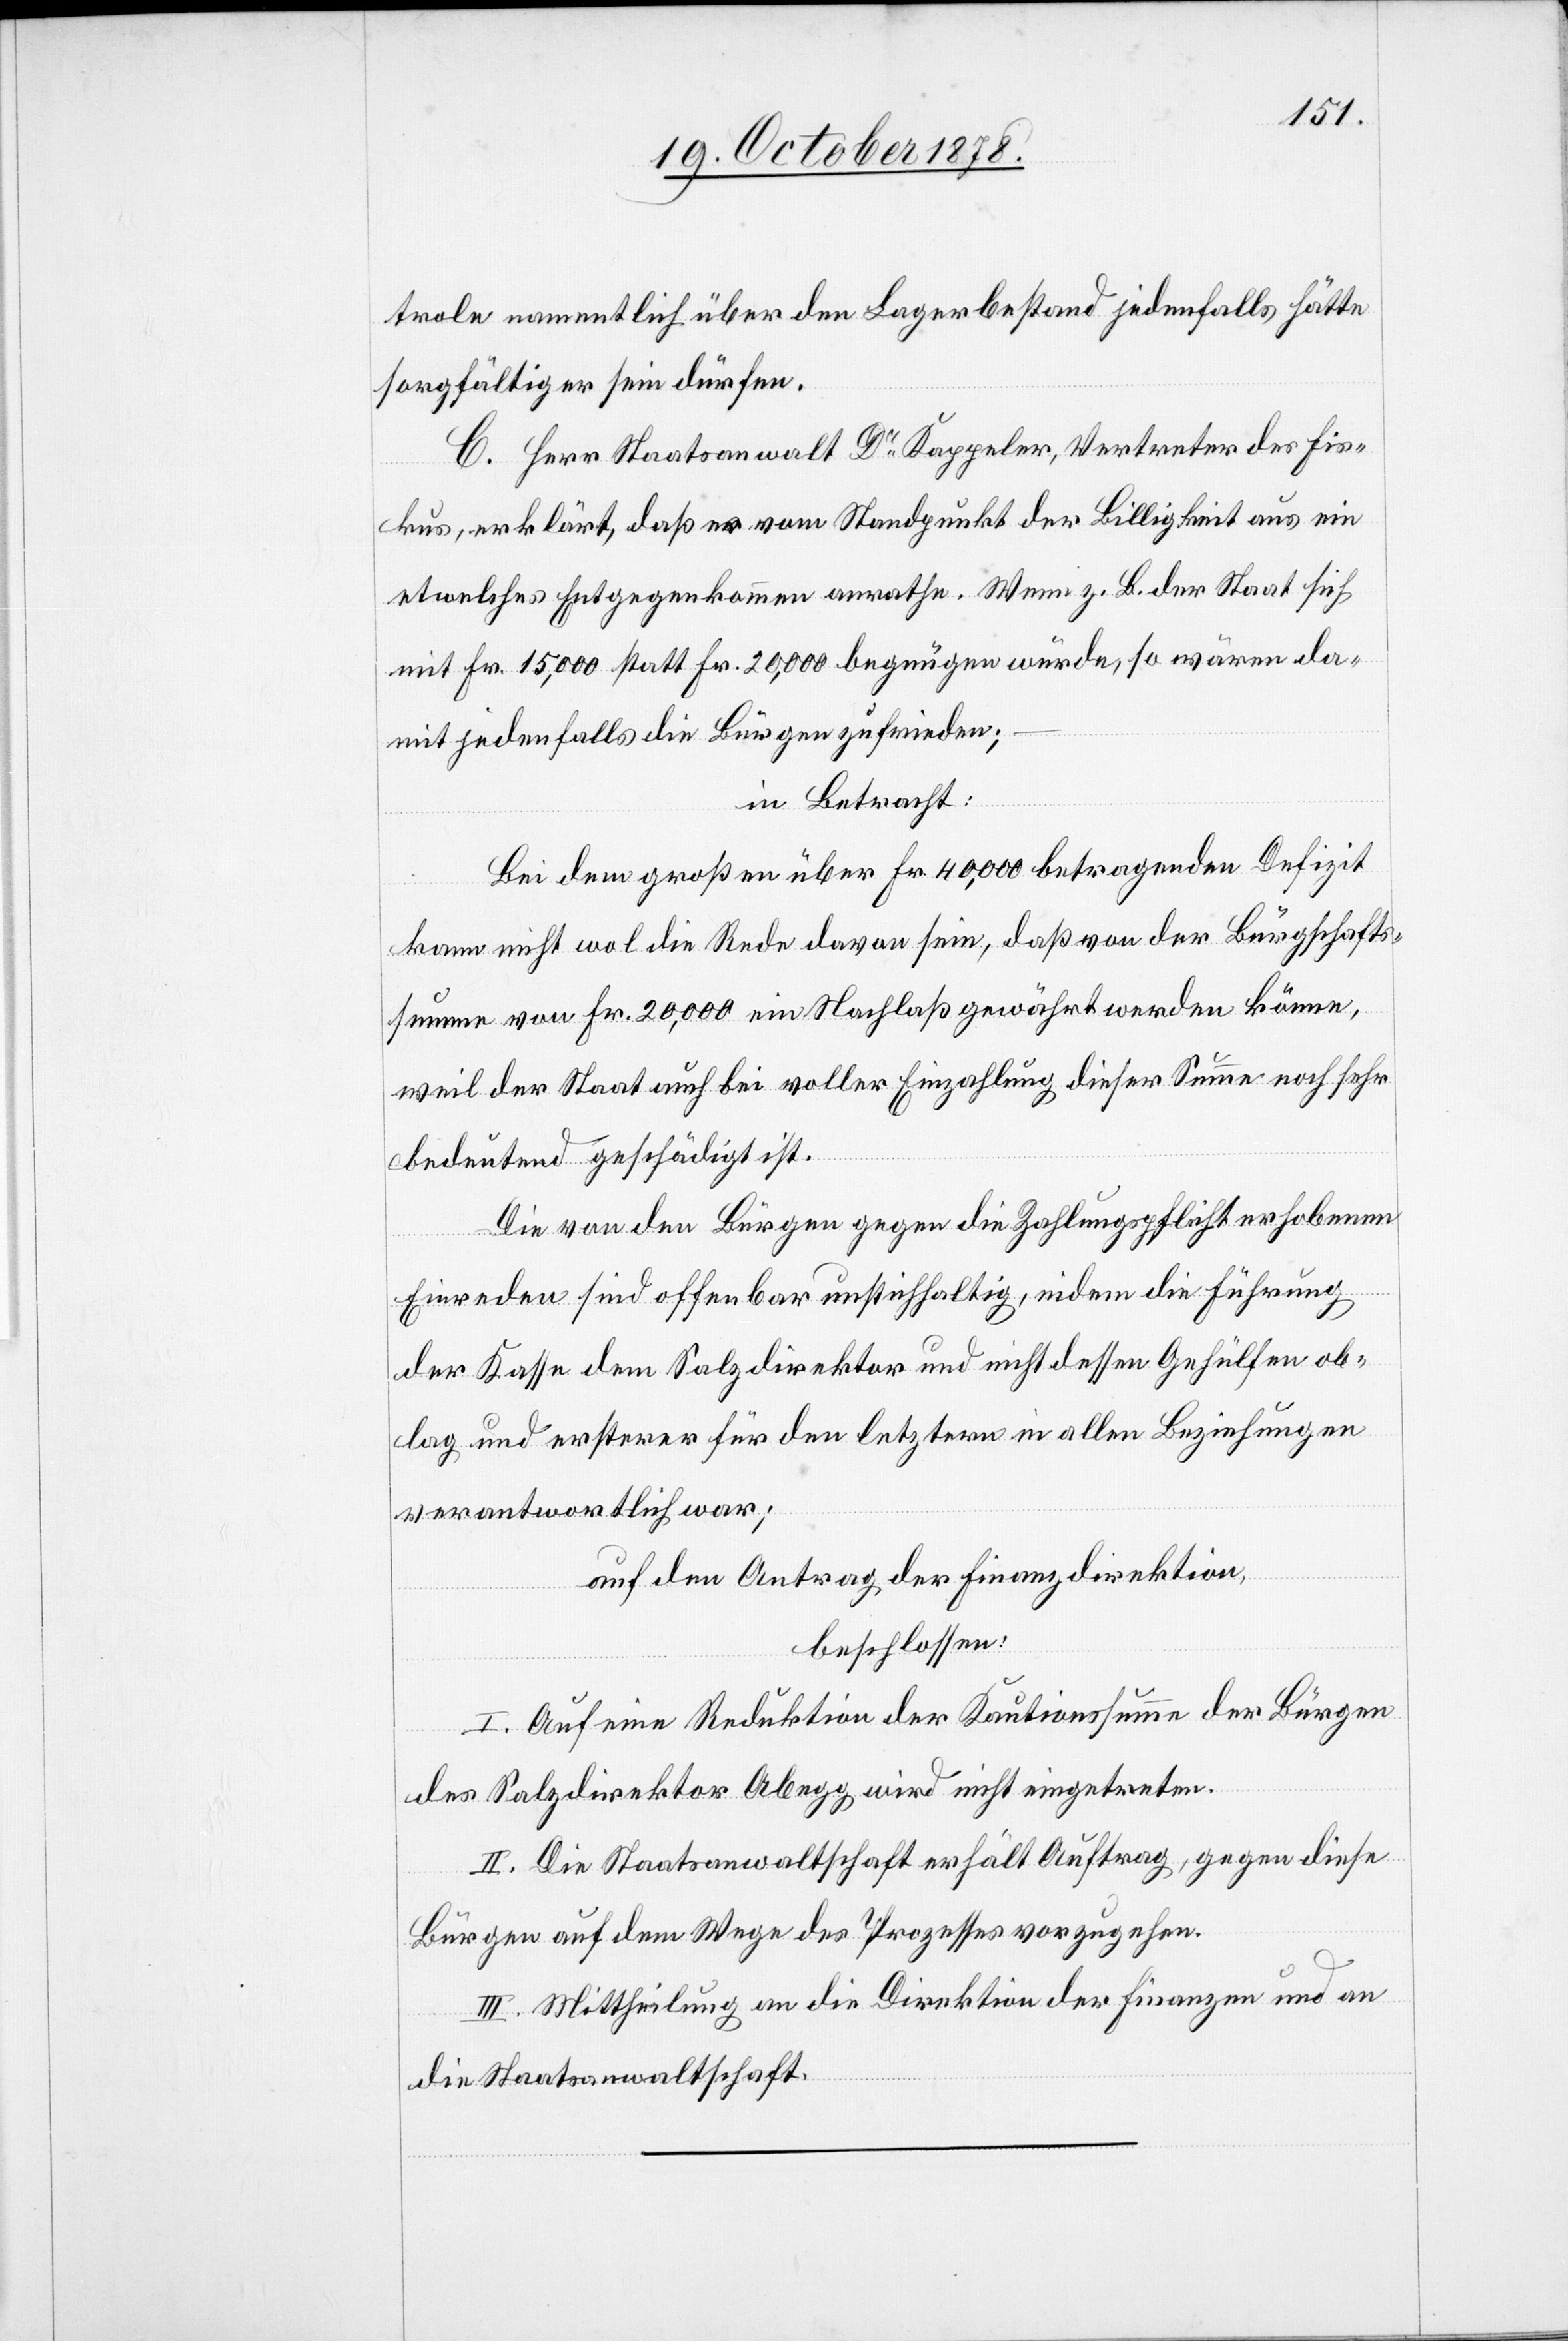
trole namentlich über den Lagerbestand jedenfalls hätte
sorgfältiger sein dürfen.
C. Herr Staatsanwalt Dr Kappeler, Vertreter des Fis¬
kus, erklärt, daß er vom Standpunkt der Billigkeit aus ein
etwelches Entgegenkommen anrathe. Wenn z. B. der Staat sich
mit Fr. 15,000 statt Fr. 20,000 begnügen würde, so wären da¬
mit jedenfalls die Bürger zufrieden;
in Betracht:
Bei dem großen über Fr. 40,000 betragenden Defizit
kann nicht wol die Rede davon sein, daß von der Bürgschafts¬
summe von Fr. 20,000 ein Nachlaß gewährt werden könne,
weil der Staat auch bei voller Einzahlung dieser Summe noch sehr
bedeutend geschädigt ist.
Die von den Bürgen gegen die Zahlungspflicht erhobenen
Einreden sind offenbar unstichhaltig, indem die Führung
der Kasse dem Salzdirektor und nicht dessen Gehülfen ob¬
lag und ersterer für den letztern in allen Beziehungen
verantwortlich war;
auf den Antrag der Finanzdirektion,
beschlossen:
I. Auf eine Reduktion der Kautionssumme der Bürgen
des Salzdirektor Abegg wird nicht eingetreten.
II. Die Staatsanwaltschaft erhält Auftrag, gegen diese
Bürgen auf dem Wege des Prozesses vorzugehen.
III. Mittheilung an die Direktion der Finanzen und an
die Staatsanwaltschaft.